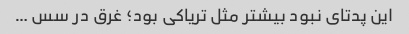
این پدتای نبود بیشتر مثل تریاکی بود؛ غرق در سس …